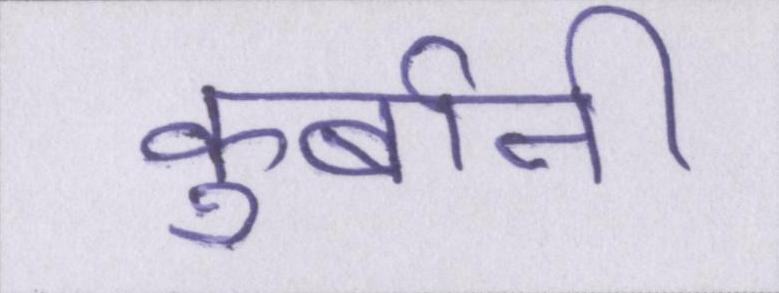
कुर्बानी